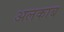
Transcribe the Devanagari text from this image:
अलकाब